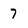
Character: 7